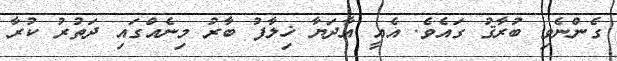
ގެންނެވި ބުރާޤު ގައެވެ. އެއީ އާދަޔާ ޚިލާފު ބާރު މިނެއްގައި ދަތުރު ކުރާ